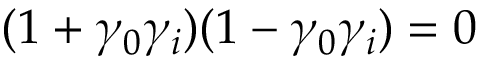
( 1 + \gamma _ { 0 } \gamma _ { i } ) ( 1 - \gamma _ { 0 } \gamma _ { i } ) = 0